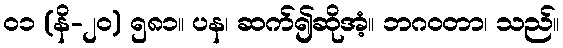
၀၁ (နိ-၂၀) ၅၈၁။ ပန၊ ဆက်၍ဆိုအံ့။ ဘဂဝတာ၊ သည်။